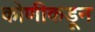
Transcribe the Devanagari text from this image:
कोणीकडून